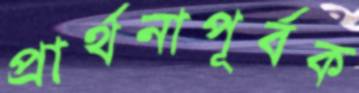
প্রার্থনাপূর্বক